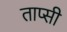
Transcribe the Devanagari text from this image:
ताप्सी